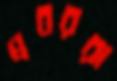
প্রবররা